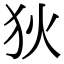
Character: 狄